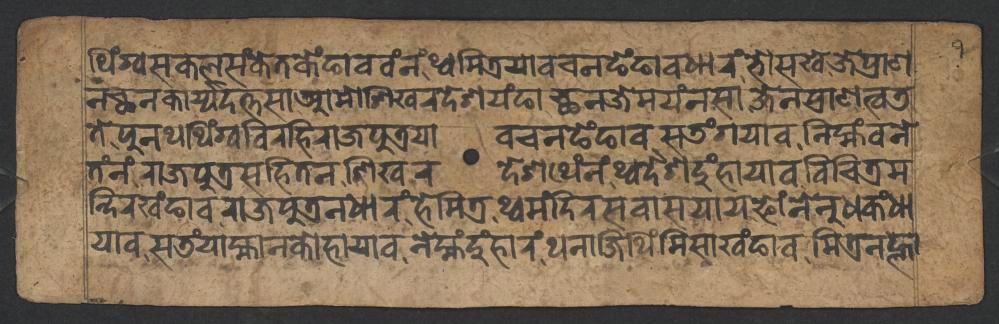
𑐠𑐶𑑄𑐐𑑂𑐰𑐳𑐎𑐮𑐳𑑄𑐎𑐾𑐟𑐎𑐾𑑄𑐒𑐵𑐰𑐰𑑄𑐣𑑄𑐠𑑂𑐰𑐩𑐣𑑂𑐟𑑂𑐬𑐶𑐫𑐵𑐰𑐔𑐣𑐒𑐾𑑄𑐒𑐵𑐰𑐢𑐵𑐬𑑄𑐨𑑀𑐳𑐏𑐾𑐖𑐾𑐥𑑂𑐬𑐵𑐞 𑐣𑐕𑐣𑐎𑐵𑐬𑑂𑐫𑑂𑐫𑐡𑐟𑑂𑐟𑐳𑐵𑐁𑐩𑑀𑐱𑐶𑐏𑐬𑐡𑐾𑐱𑐫𑑄𑐒𑐵𑐕𑐣𑐖𑐾𑐩𑐫𑑄𑐣𑐳𑐵𑐖𑐾𑐣𑐥𑑂𑐬𑐵𑐞𑐟𑑂𑐰𑐜 𑐟𑐾𑐥𑐸𑐣𑐠𑐠𑐶𑑄𑐐𑑂𑐰𑐰𑐶𑐬𑐴𑐶𑐬𑐵𑐖𑐥𑐸𑐟𑑂𑐬𑐫𑐵𑐰𑐔𑐣𑐒𑐾𑑄𑐒𑐵𑐰𑐳𑐜𑑄𑐐𑐫𑐵𑐰𑐣𑐶𑐩𑑂𑐴𑑄𑐰𑐣𑐾 𑐟𑑄𑐣𑑄𑐬𑐵𑐖𑐥𑐸𑐟𑑂𑐬𑐳𑐴𑐶𑐟𑐣𑐱𑐶𑐏𑐬𑐡𑐾𑐱𑐠𑐾𑑄𑐣𑑄𑐠𑑂𑐰𑐡𑐾𑐱𑐡𑐸𑑄𑐴𑐵𑐫𑐵𑐰𑐰𑐶𑐔𑐶𑐟𑑂𑐬𑐩 𑐫𑐵𑐰𑐳𑐜𑑄𑐫𑐵𑐩𑑂𑐴𑐵𑐣𑐎𑑀𑐴𑐵𑐫𑐵𑐰𑐣𑐾𑐩𑑂𑐴𑑄𑐡𑐸𑑄𑐴𑐵𑐬𑑄𑐠𑐣𑐵𑐖𑐶𑐠𑐶𑑄𑐩𑐶𑐳𑐵𑐏𑑄𑐒𑐵𑐰𑐩𑐶𑐟𑑂𑐬𑐣𑐮𑑂𑐴𑐵 𑐣𑑂𑐡𑐶𑐬𑐏𑑄𑐒𑐵𑐰𑐬𑐵𑐖𑐥𑐸𑐟𑑂𑐬𑐣𑐢𑐵𑐬𑑄𑐴𑐾𑐩𑐶𑐟𑑂𑐬𑐠𑑂𑐰𑐩𑑄𑐡𑐶𑐬𑐳𑐰𑐵𑐳𑐫𑐵𑐫𑐦𑑀𑑄𑐣𑐾𑐣𑐸𑐢𑐎𑑄𑐢𑐵